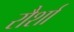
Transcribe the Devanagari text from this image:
रौर्शा